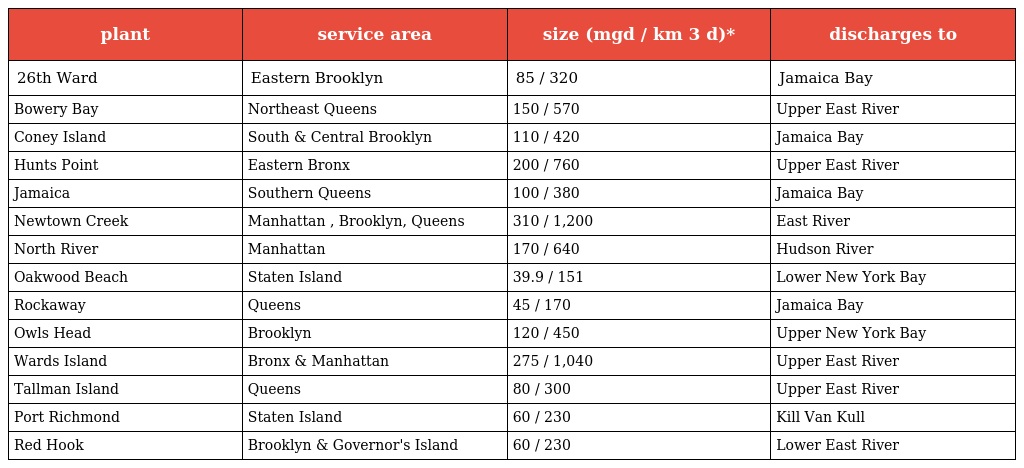
| plant | service area | size (mgd / km 3 d)* | discharges to |
 | --- | --- | --- | --- |
 | 26th Ward | Eastern Brooklyn | 85 / 320 | Jamaica Bay |
 | Bowery Bay | Northeast Queens | 150 / 570 | Upper East River |
 | Coney Island | South & Central Brooklyn | 110 / 420 | Jamaica Bay |
 | Hunts Point | Eastern Bronx | 200 / 760 | Upper East River |
 | Jamaica | Southern Queens | 100 / 380 | Jamaica Bay |
 | Newtown Creek | Manhattan , Brooklyn, Queens | 310 / 1,200 | East River |
 | North River | Manhattan | 170 / 640 | Hudson River |
 | Oakwood Beach | Staten Island | 39.9 / 151 | Lower New York Bay |
 | Rockaway | Queens | 45 / 170 | Jamaica Bay |
 | Owls Head | Brooklyn | 120 / 450 | Upper New York Bay |
 | Wards Island | Bronx & Manhattan | 275 / 1,040 | Upper East River |
 | Tallman Island | Queens | 80 / 300 | Upper East River |
 | Port Richmond | Staten Island | 60 / 230 | Kill Van Kull |
 | Red Hook | Brooklyn & Governor's Island | 60 / 230 | Lower East River |